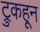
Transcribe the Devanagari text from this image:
ट्रुकहून